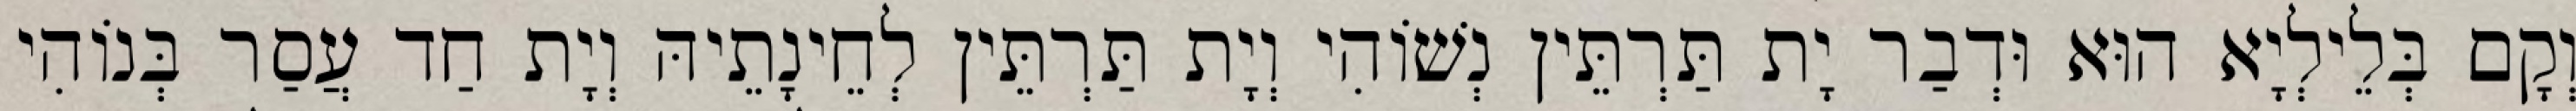
וְקָם בְּלֵילְיָא הוּא וּדְבַר יָת תַּרְתֵּין נְשׁוֹהִי וְיָת תַּרְתֵּין לְחֵינָתֵיהּ וְיָת חַד עֲסַר בְּנוֹהִי